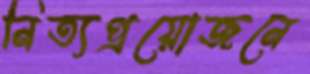
নিত্যপ্রয়োজনে